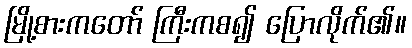
မြို့စားကတော် ကြီးကစ၍ ပြောလိုက်၏။